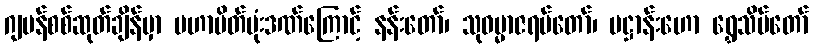
ဂျပန်စစ်ဆုတ်ချိန်မှာ မဟာမိတ်ဗုံးဒဏ်ကြောင့် နန်းတော်၊ သုဓမ္မာဇရပ်တော်၊ ပဋ္ဌာန်းဟော ရွှေသိမ်တော်